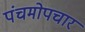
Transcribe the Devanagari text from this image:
पंचमोपचार